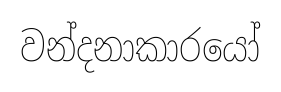
වන්දනාකාරයෝ